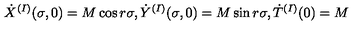
{ \dot { X } } ^ { ( I ) } ( \sigma , 0 ) = M \cos r \sigma , { \dot { Y } } ^ { ( I ) } ( \sigma , 0 ) = M \sin r \sigma , { \dot { T } } ^ { ( I ) } ( 0 ) = M